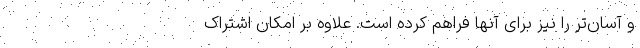
و آسان‌تر را نیز برای آنها فراهم کرده است. علاوه بر امکان اشتراک